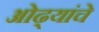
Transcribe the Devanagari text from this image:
ओढ्यांचे